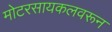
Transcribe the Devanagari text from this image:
मोटरसायकलवरून